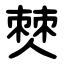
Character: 僰